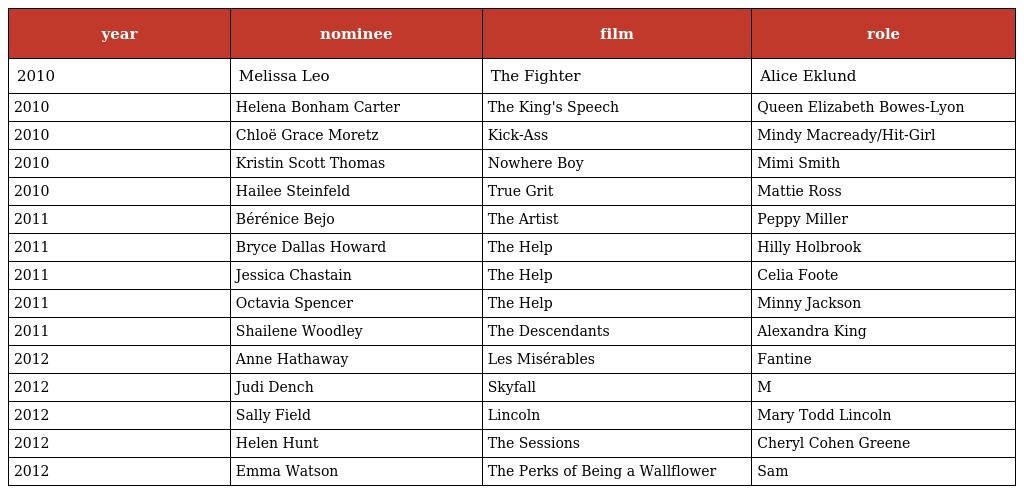
| year | nominee | film | role |
 | --- | --- | --- | --- |
 | 2010 | Melissa Leo | The Fighter | Alice Eklund |
 | 2010 | Helena Bonham Carter | The King's Speech | Queen Elizabeth Bowes-Lyon |
 | 2010 | Chloë Grace Moretz | Kick-Ass | Mindy Macready/Hit-Girl |
 | 2010 | Kristin Scott Thomas | Nowhere Boy | Mimi Smith |
 | 2010 | Hailee Steinfeld | True Grit | Mattie Ross |
 | 2011 | Bérénice Bejo | The Artist | Peppy Miller |
 | 2011 | Bryce Dallas Howard | The Help | Hilly Holbrook |
 | 2011 | Jessica Chastain | The Help | Celia Foote |
 | 2011 | Octavia Spencer | The Help | Minny Jackson |
 | 2011 | Shailene Woodley | The Descendants | Alexandra King |
 | 2012 | Anne Hathaway | Les Misérables | Fantine |
 | 2012 | Judi Dench | Skyfall | M |
 | 2012 | Sally Field | Lincoln | Mary Todd Lincoln |
 | 2012 | Helen Hunt | The Sessions | Cheryl Cohen Greene |
 | 2012 | Emma Watson | The Perks of Being a Wallflower | Sam |